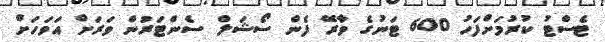
ޓެސްޓު ކުރުމަށްފަހު 600 ޓަނުގެ ވާރޭ ފެން ސޯޝަލް ސެންޓަރުން ވަރަށް އަވަހަށް